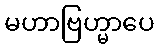
မဟာဗြဟ္မာပေ